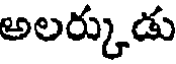
అలర్కుడు